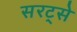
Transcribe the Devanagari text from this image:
सरट्से